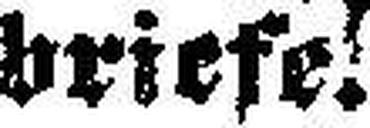
briefe.